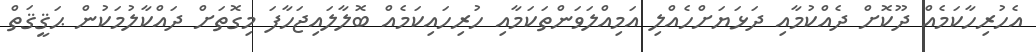
އެހުރިހާކަމެއް ދޫކޮށް ދެއްކުމާއި ދަޅަޔަށްހެއްލި އަމިއްލަވަންތަކަމާއި ހުރިހައިކަމެއް ބޮލާލައިޖަހާފަ މިގޮތަށް ދައްކާލުމަކުން ޙަޤީޤަތް